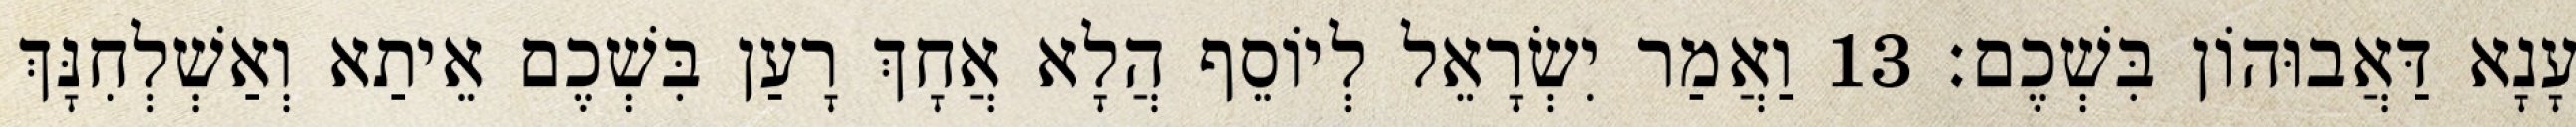
עָנָא דַּאֲבוּהוֹן בִּשְׁכֶם׃ 13 וַאֲמַר יִשְׂרָאֵל לְיוֹסֵף הֲלָא אֲחָךְ רָעַן בִּשְׁכֶם אֵיתַא וְאַשְׁלְחִנָּךְ